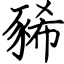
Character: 豨